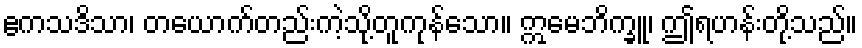
ဧကသဒိသာ၊ တယောက်တည်းကဲ့သို့တူကုန်သော။ ဣမေဘိက္ခူ၊ ဤရဟန်းတို့သည်။